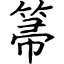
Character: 箒